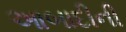
આબાદીની